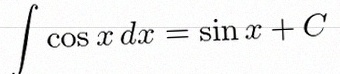
\int \cos x\,dx=\sin x+C